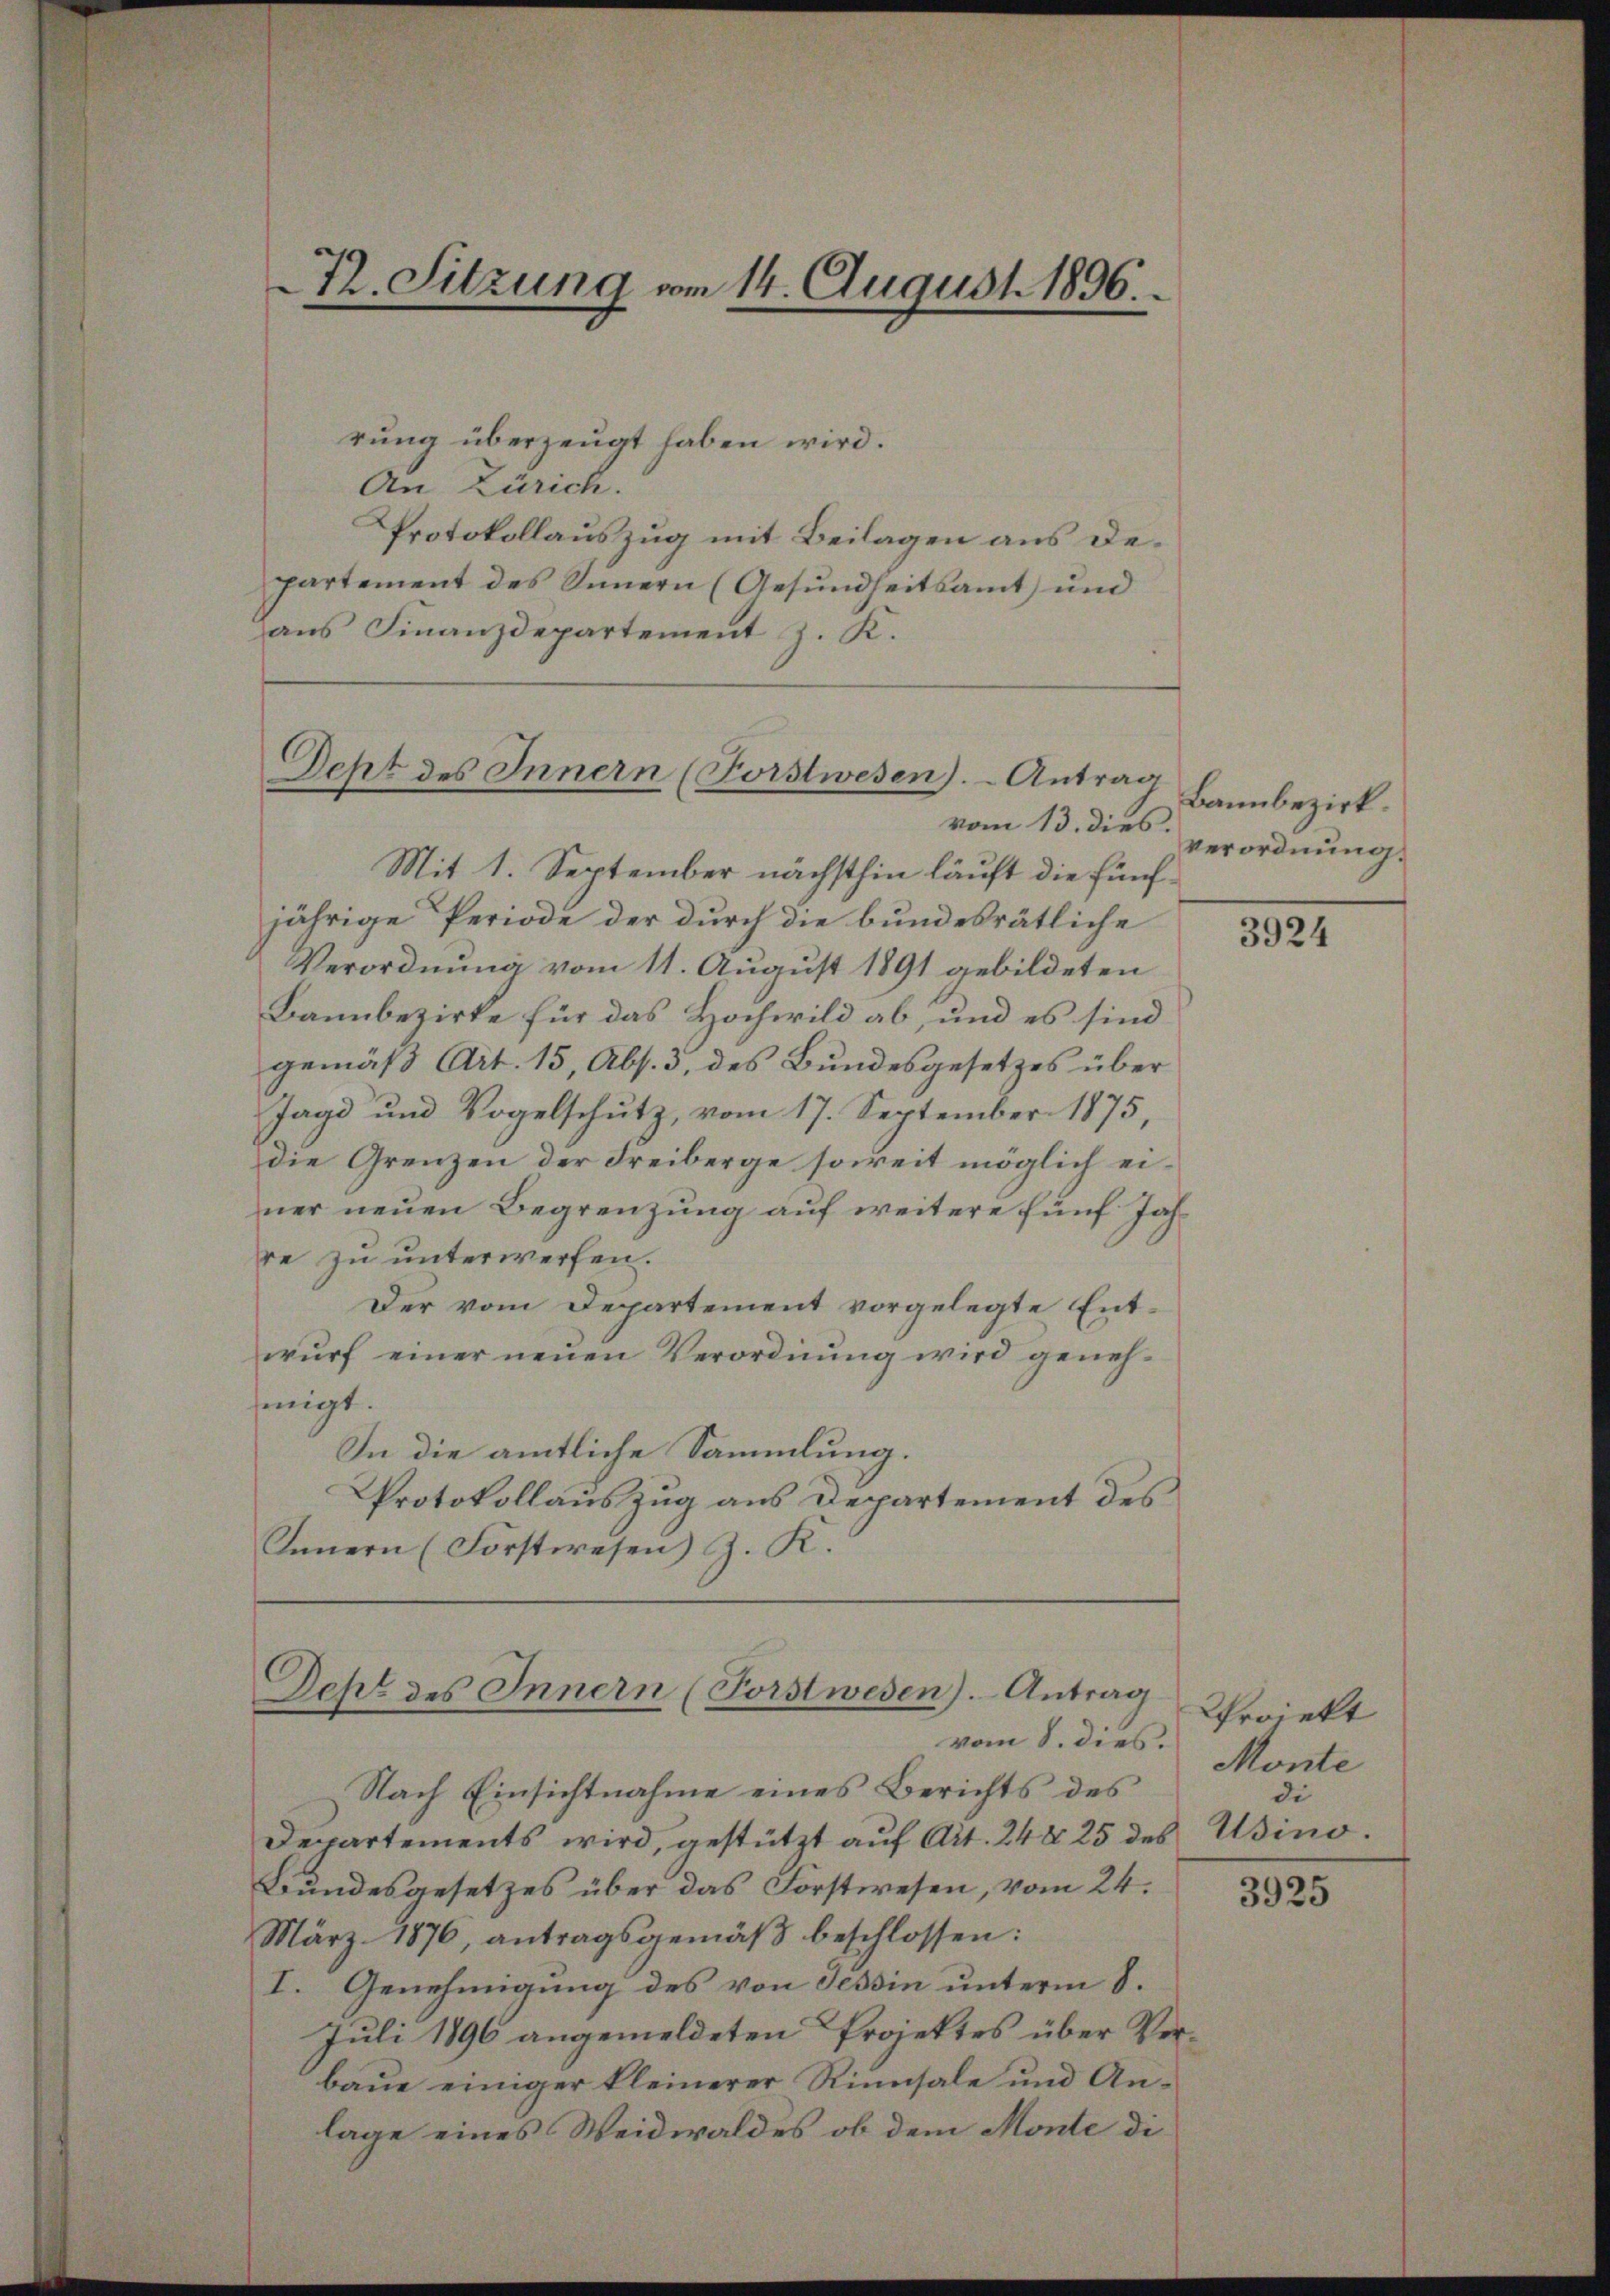
72. Sitzung vom 14. August 1896.

rung überzeugt haben wird.
An Zürich.
Protokollauszug mit Beilagen aus departement des Innern (Gesundheitsamt und
aus Finanzdepartement J. K.

vom 13. dies.
Mit 1. September nächsthin läuft die fünfjährige Periode der durch die bundesrätliche
Verordnung vom 11. August 1891 gebildeten
Bannbezirke für das Hochwild ab, und es sind
gemäß Art. 15, Abs. 3, des Bundesgesetzes über
Jagd und Vogelschutz, vom 17. September 1875,
die Grenzen der Freiberge soweit möglich einer neuen Begrenzung auf weitere fünf Jahre zu unterwerfen.
Der vom Departement vorgelegte Entwurf einer neuen Verordnung wird genehjenigt.
In die amtliche Sammlung.
Protokollauszug aus Departement des
Innern (Forstwesen) Z. K.

Deht des Innern (Forstwesen). Antrag

Jes des Innern (Forstwesen). Antrag

vom 8. dies.
Nach Einsichtnahme eines Berichts des
Departements wird, gestützt auf Art. 24 § 25 des Usino.
Bundesgesetzes über das Forstwesen, vom 24.
März 1876, antragsgemäβ beschlossen:
I. Genehmigung des von Tessin unterm 8.
Juli 1896 angemeldeten Projektes über Verbaue einiger kleinerer Rinnsale und Anlage eines Weidwaldes ob dem Monte di¬

Bannbezirk.
Verordnung.

3924

Projekt
Monte
di

3925